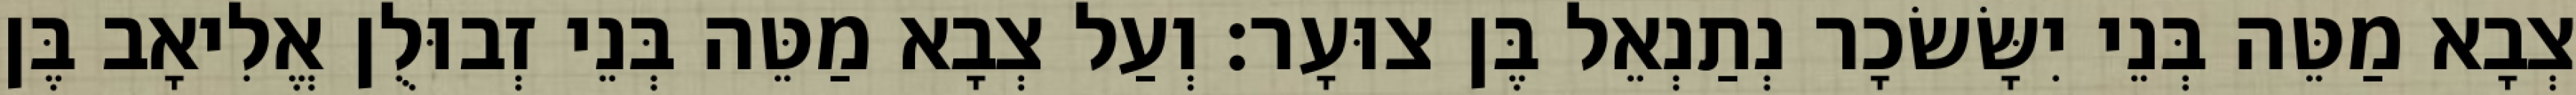
צְבָא מַטֵּה בְּנֵי יִשָּׂשׂכָר נְתַנְאֵל בֶּן צוּעָר׃ וְעַל צְבָא מַטֵּה בְּנֵי זְבוּלֻן אֱלִיאָב בֶּן